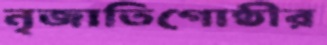
নৃজাতিগোষ্ঠীর